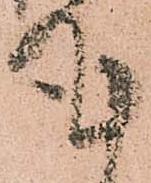
謹